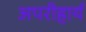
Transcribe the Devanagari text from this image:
अपरीहार्य